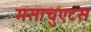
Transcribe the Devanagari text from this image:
मसाचुएटस